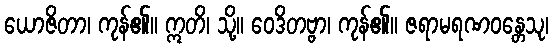
ယောဇိတာ၊ ကုန်၏။ ဣတိ၊ သို့။ ဝေဒိတဗ္ဗာ၊ ကုန်၏။ ဇရာမရဏဝန္တေသု၊